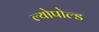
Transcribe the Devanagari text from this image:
ल्योपोल्ड